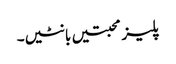
پلیز محبتیں بانٹیں۔